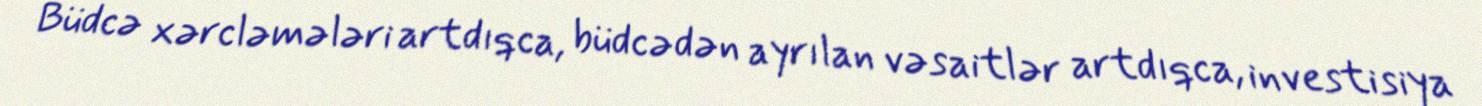
Büdcə xərcləmələri artdıqca, büdcədən ayrılan vəsaitlər artdıqca, investisiya